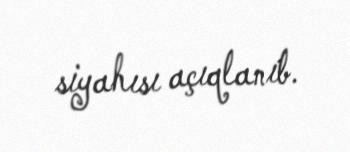
siyahısı açıqlanıb.